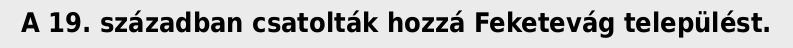
A 19. században csatolták hozzá Feketevág települést.